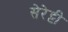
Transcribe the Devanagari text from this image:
सेरेट्टी